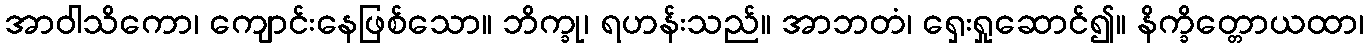
အာဝါသိကော၊ ကျောင်းနေဖြစ်သော။ ဘိက္ခု၊ ရဟန်းသည်။ အာဘတံ၊ ရှေးရှုဆောင်၍။ နိက္ခိတ္တောယထာ၊